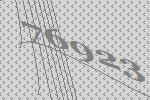
76923